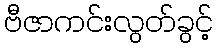
ဗီဇာကင်းလွတ်ခွင့်